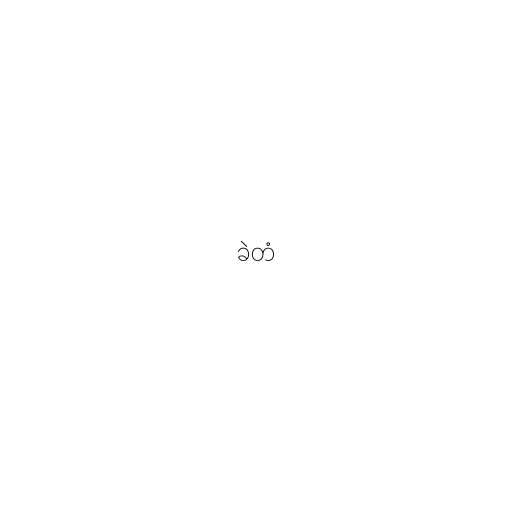
ခဲတံ